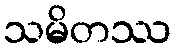
သမိတဿ